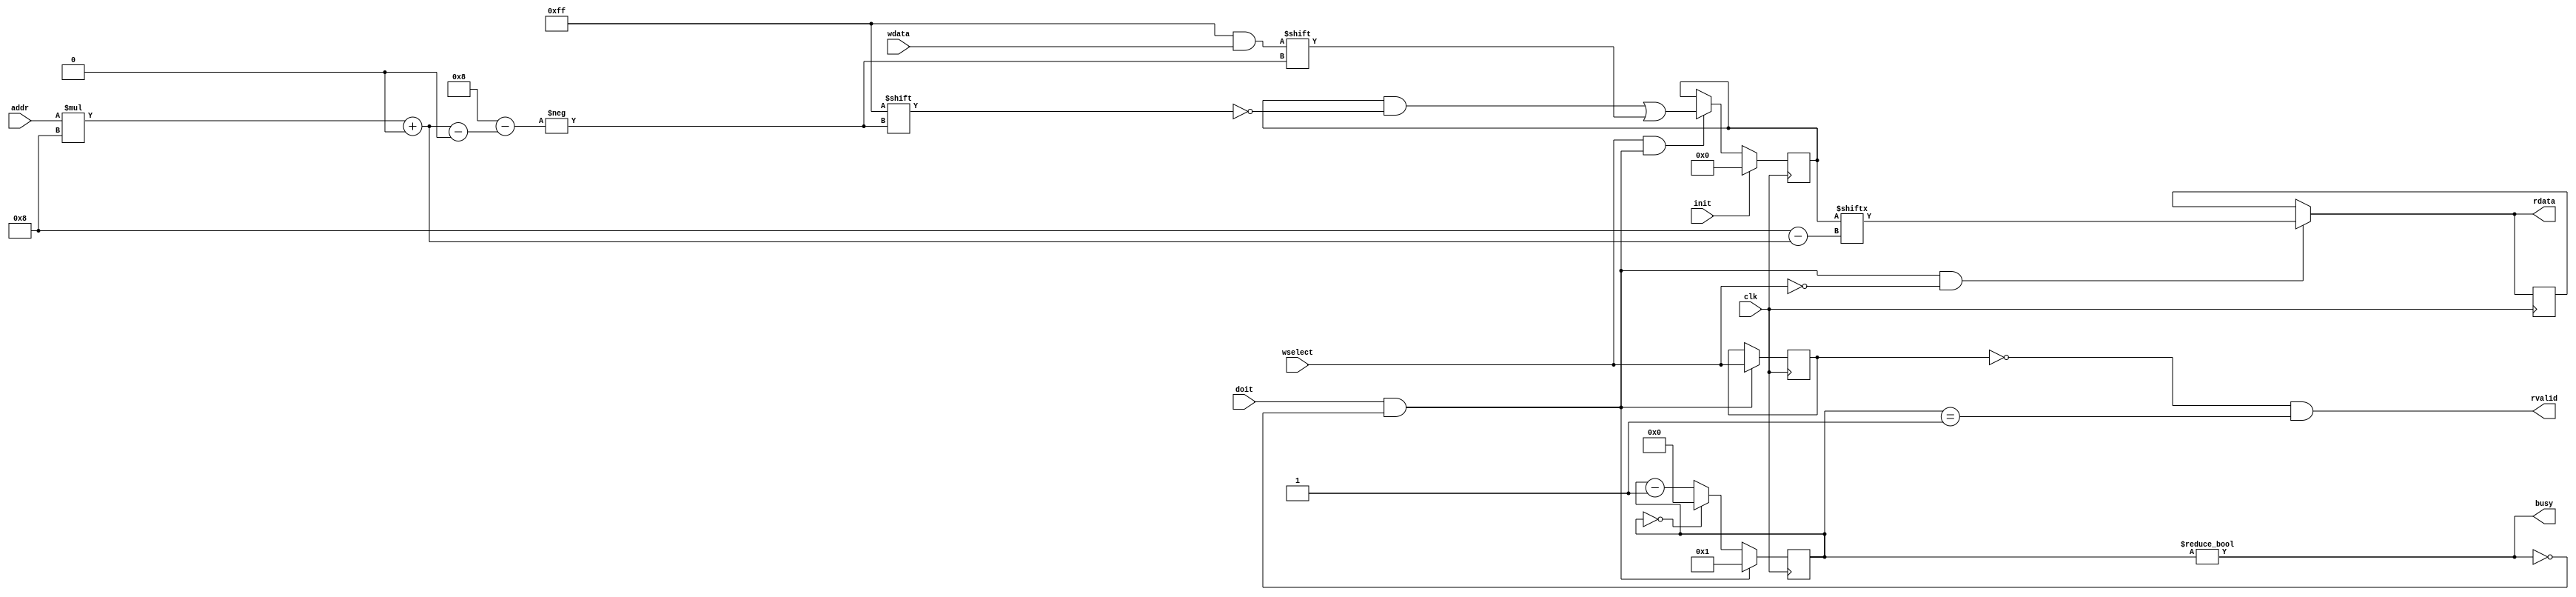
module mem_sim_delay #(parameter logsize = 1,
                       parameter steps = 1)
   (
    input             clk,
    input             init,
   
    input [1:logsize] addr,
    input [1:8]       wdata,
    input             wselect,
    input             doit,
    output            busy,
    output            rvalid,
    output [1:8]      rdata
    );
   
   localparam size = 2 ** logsize;

   always @(posedge clk) 
     begin
        if (init) mem = {size*8{1'b0}};
        else if (wselect & act) mem[addr*8 +: 8] = wdata;
     end
   reg [0:8*size-1]   mem;

   always @(posedge clk) count = xcount;
   reg [1:13]         count;
   wire [1:13]        xcount = act ? steps : count==0 ? 0 : count - 1;

   always @(posedge clk) data = xdata;
   reg [1:8]          data;
   wire [1:8]         xdata = act & !wselect ? mem[addr*8 +: 8] : data;

   always @(posedge clk) sav_wselect = xsav_wselect;
   reg                sav_wselect;
   wire               xsav_wselect = act ? wselect : sav_wselect;
   
   wire               act = doit & !busy;

   assign rdata = xdata;
   assign rvalid = !sav_wselect & (count == 1);
   assign busy = (count != 0);

endmodule